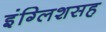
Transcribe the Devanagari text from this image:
इंग्लिशसह